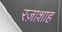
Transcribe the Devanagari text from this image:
रज़ाशाह